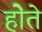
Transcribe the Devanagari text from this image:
होेते